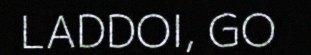
LADDOI, GO